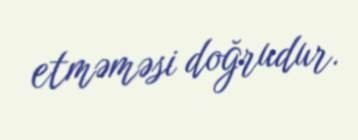
etməməsi doğrudur.